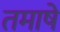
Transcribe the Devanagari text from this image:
तमाषे